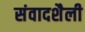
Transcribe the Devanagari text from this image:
संवादशैली